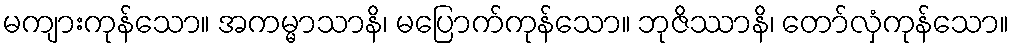
မကျားကုန်သော။ အကမ္မာသာနိ၊ မပြောက်ကုန်သော။ ဘုဇိဿာနိ၊ တော်လှံကုန်သော။